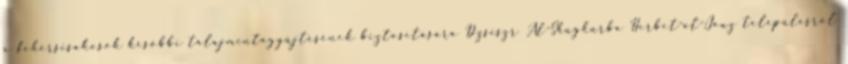
a fehérsisakosok későbbi talajmintagyűjtésének biztosítására Dzsiszr Al-Shughurba Herbet-al-Jauz településről